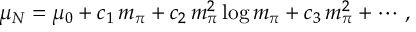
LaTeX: \mu _ { N } = \mu _ { 0 } + c _ { 1 } \, m _ { \pi } + c _ { 2 } \, m _ { \pi } ^ { 2 } \log m _ { \pi } + c _ { 3 } \, m _ { \pi } ^ { 2 } + \cdots \, ,